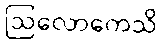
ဩလောကေသိ